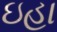
ઇહા